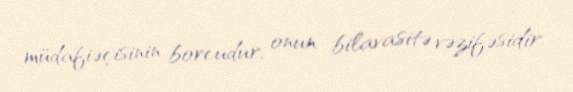
müdafiəçisinin borcudur, onun bilavasitə vəzifəsidir.